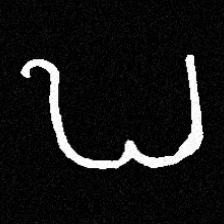
Pyu character \u2014 Myanmar letter: ဎ (romanized: ddha)